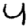
Digit: 4